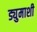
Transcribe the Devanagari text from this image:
ड्युमाशी